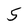
Character: 5